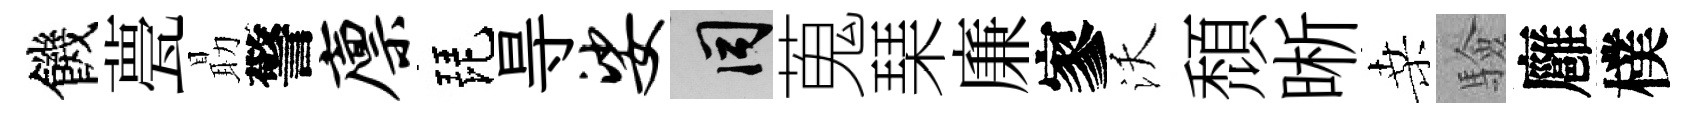
饑甍朂警廪琵㝵娑间蒐琹廉寥沃頹晰桑驗廱樸